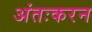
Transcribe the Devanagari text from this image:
अंतःकरन